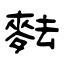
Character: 麮